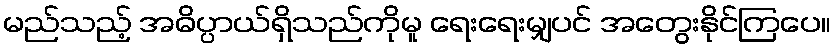
မည်သည့် အဓိပ္ပာယ်ရှိသည်ကိုမူ ရေးရေးမျှပင် အတွေးနိုင်ကြပေ။